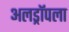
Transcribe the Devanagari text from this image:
अलड्रॉपला